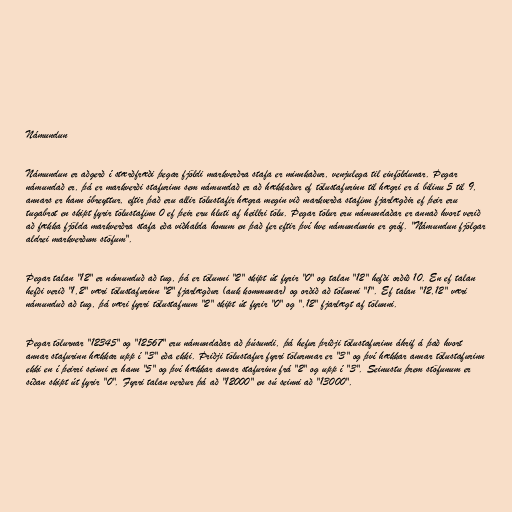
Námundun

Námundun er aðgerð í stærðfræði þegar fjöldi markverðra stafa er minnkaður, venjulega til einföldunar. Þegar
námundað er, þá er markverði stafurinn sem námundað er að hækkaður ef tölustafurinn til hægri er á bilinu 5 til 9,
annars er hann óbreyttur, eftir það eru allir tölustafir hægra megin við markverða stafinn fjarlægðir ef þeir eru
tugabrot en skipt fyrir tölustafinn 0 ef þeir eru hluti af heillri tölu. Þegar tölur eru námundaðar er annað hvort verið
að fækka fjölda markverðra stafa eða viðhalda honum en það fer eftir því hve námundunin er gróf. "Námundun fjölgar
aldrei markverðum stöfum".

Þegar talan "12" er námunduð að tug, þá er tölunni "2" skipt út fyrir "0" og talan "12" hefði orðið 10. En ef talan
hefði verið "1,2" væri tölustafurinn "2" fjarlægður (auk kommunar) og orðið að tölunni "1". Ef talan "12,12" væri
námunduð að tug, þá væri fyrri tölustafnum "2" skipt út fyrir "0" og ",12" fjarlægt af tölunni.

Þegar tölurnar "12345" og "12567" eru námundaðar að þúsundi, þá hefur þriðji tölustafurinn áhrif á það hvort
annar stafurinn hækkar upp í "3" eða ekki. Þriðji tölustafur fyrri tölurnnar er "3" og því hækkar annar tölustafurinn
ekki en í þeirri seinni er hann "5" og því hækkar annar stafurinn frá "2" og upp í "3". Seinustu þrem stöfunum er
síðan skipt út fyrir "0". Fyrri talan verður þá að "12000" en sú seinni að "13000".